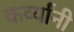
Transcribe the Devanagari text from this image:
कर्व्यांनी